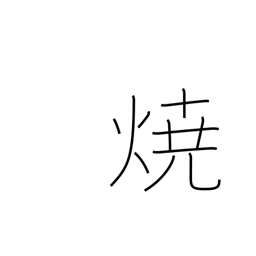
Meaning: burning